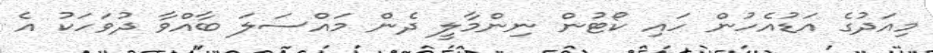
މިއަދުގެ އަޑުއެހުން ހައި ކޯޓުން ނިންމާލީ ދެން މައްސަލަ ބާއްވާ ދުވަހަކު އެ